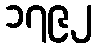
၁၇၉၂